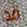
قد